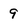
Character: 9